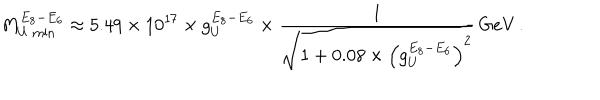
M _ { U \ \scriptstyle \mathrm { m i n } } ^ { E _ { 8 } - E _ { 6 } } \approx 5 . 4 9 \times 1 0 ^ { 1 7 } \times g _ { U } ^ { E _ { 8 } - E _ { 6 } } \times \frac { 1 } { \sqrt { 1 + 0 . 0 8 \times \left( g _ { U } ^ { E _ { 8 } - E _ { 6 } } \right) ^ { 2 } } } \, \mathrm { G e V } \, .